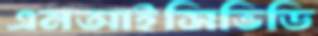
এনআইসিভিডি